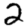
Digit: 2